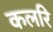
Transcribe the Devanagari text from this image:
कलरि